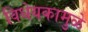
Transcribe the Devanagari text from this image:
विधेयकामुळे